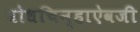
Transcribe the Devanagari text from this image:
बोधचिन्हाऐवजी